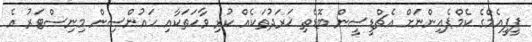
ޕީޕީއެމްގެ ކެމްޕެއިންނަށް އެޗްޑީސީން ބޮޑެތި ޚަރަދުތަކެއް ކުރި ވާހަތަކާއި ހައުންސިން މިނިސްޓަރު އެ